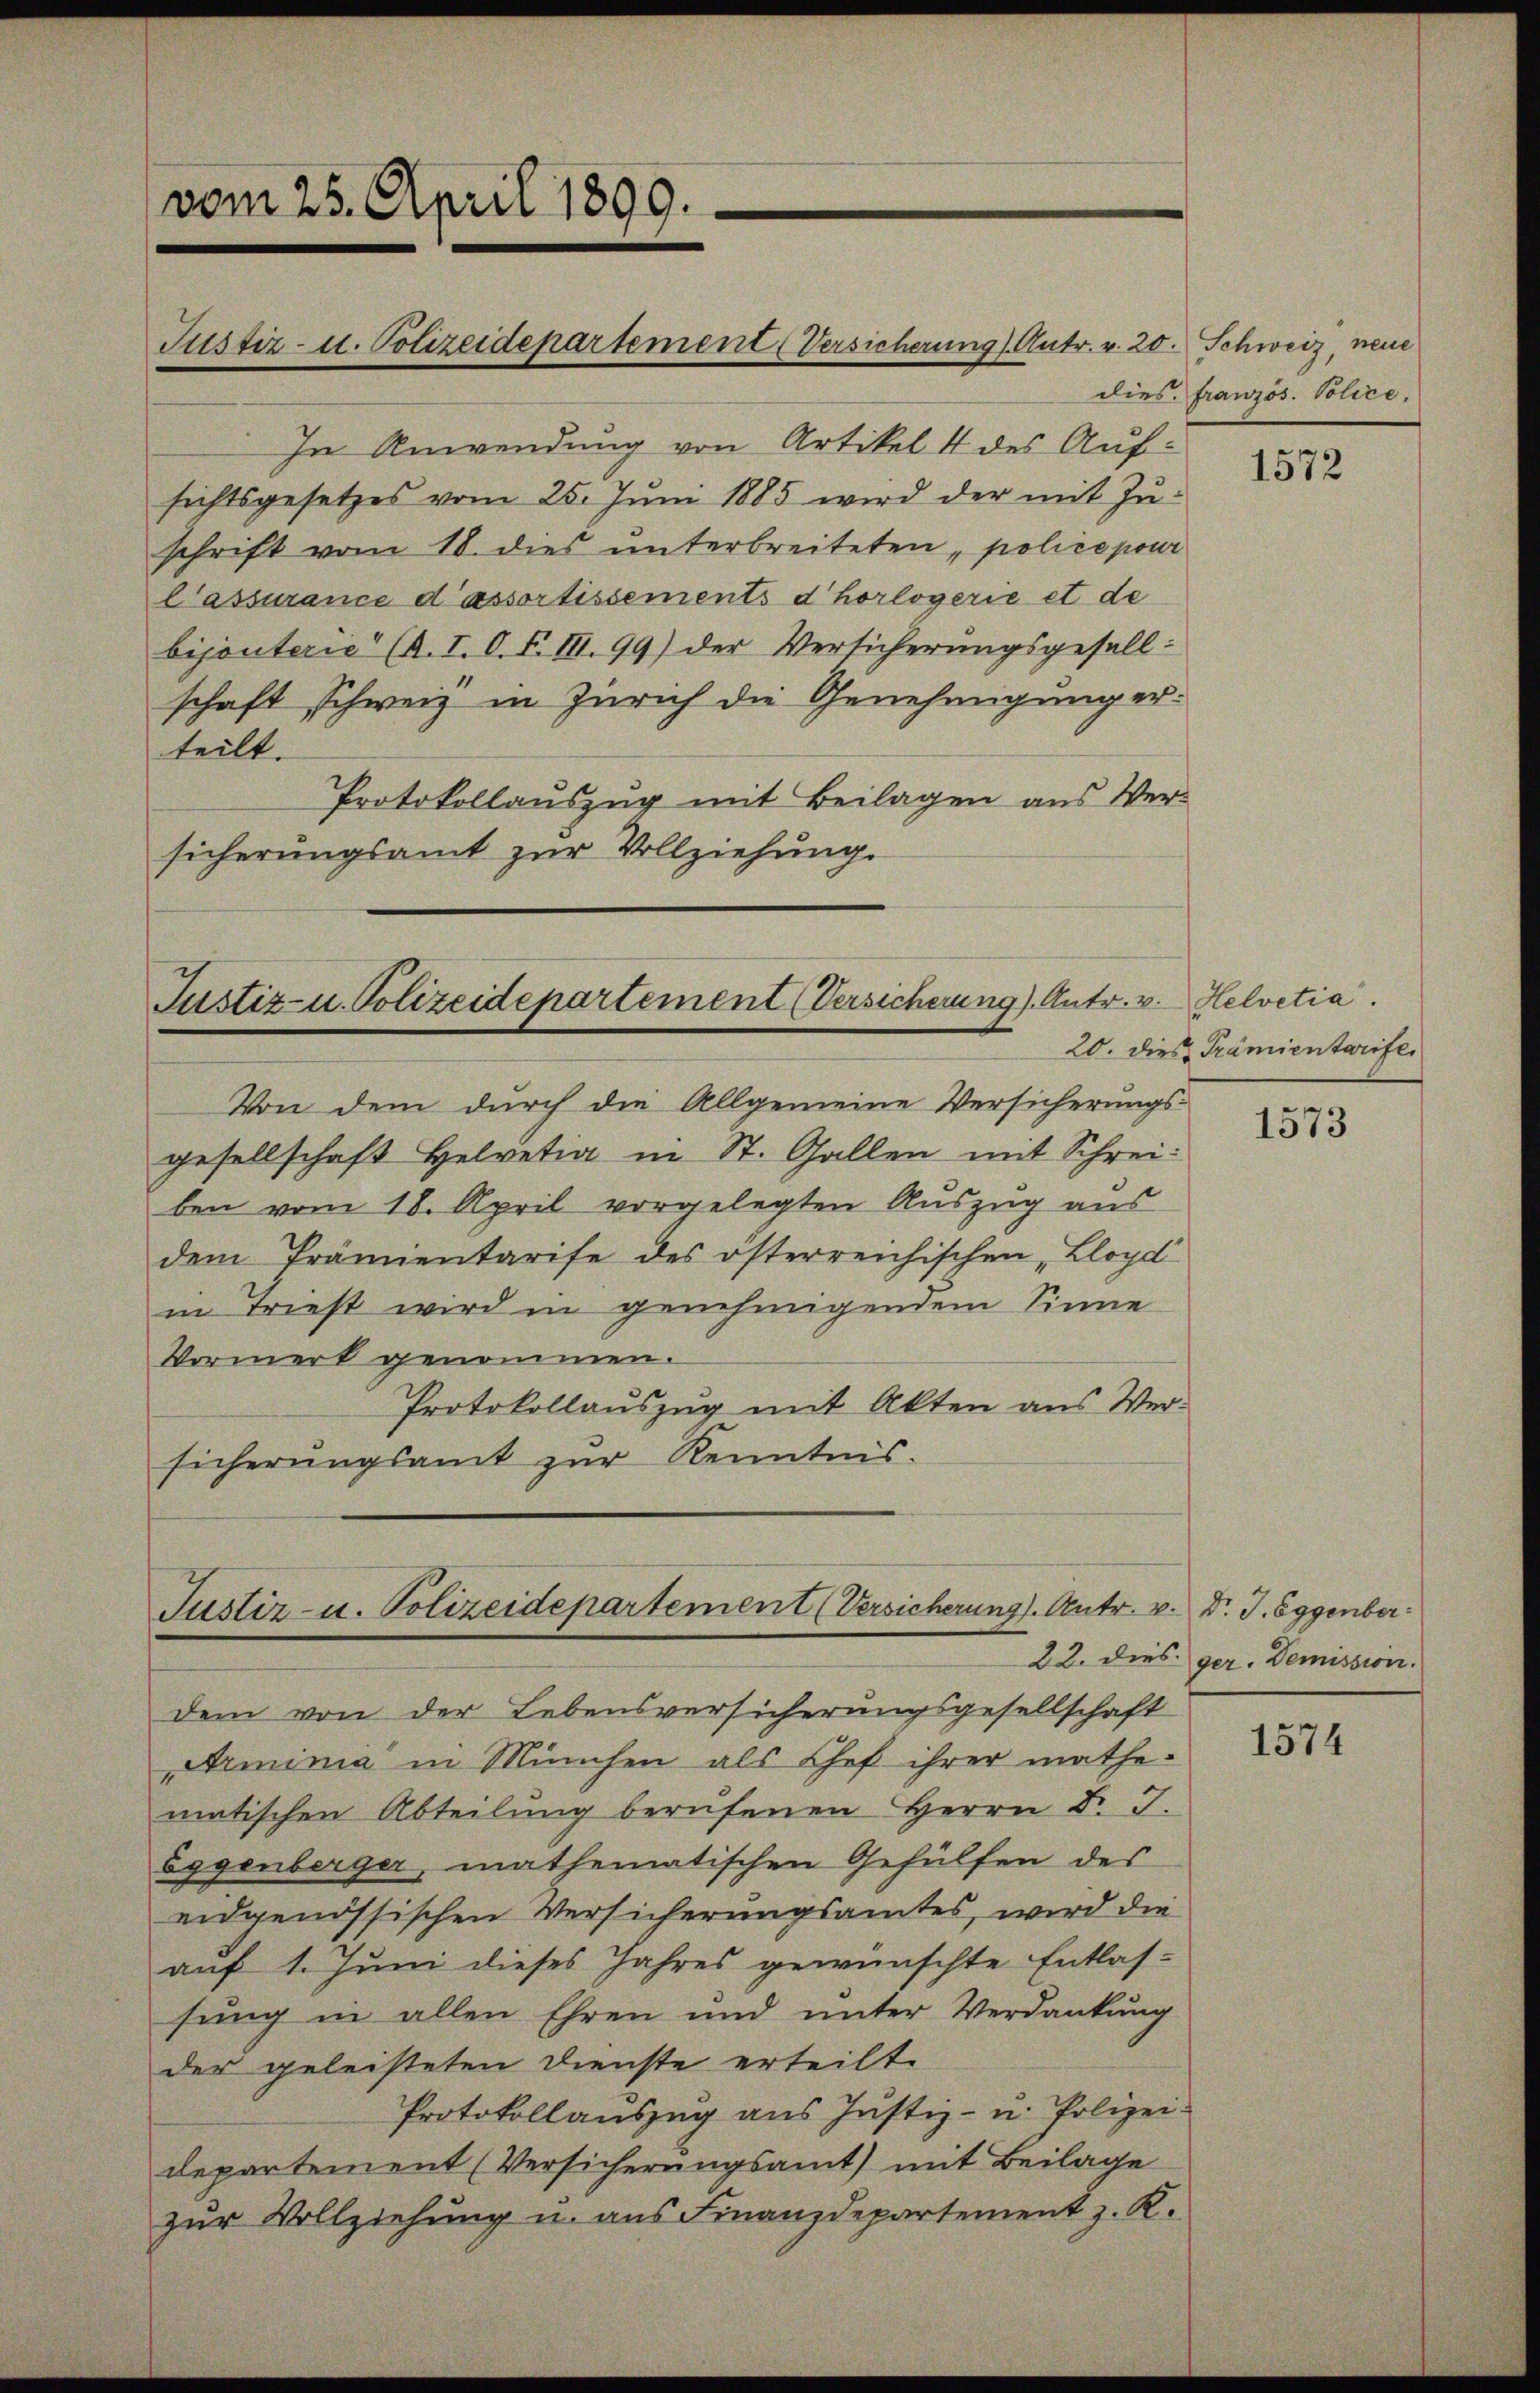
vom 25. April 1899.

Justiz- u. Polizeidepartement (Versicherung Antr. v. 20. Schweiz, neue

In Anwendung von Artikel 4 des Aufsichtsgesetzes vom 25. Jŭni 1885 wird der mit Zŭ-
schrift vom 18. dies unterbreiteten „police pour
Cassurance d’assortissements d’horlogerie et de
bijouterie“ (A.I. O. S. III. 99) der Versicherungsgesellschaft schweiz in Zürich die Genehmigung erteilt.
Protokollauszug mit Beilagen aus Versicherungsamt zur Vollziehung.

Justiz- u. Polizeidepartement (Versicherung). Antr. v. Helvetia.
Von dem durch die Allgemeine Versicherungs-

Justiz- u. Polizeidepartement (Versicherung). Antr. v. Dr. J. Eggenber

gesellschaft Helvetia in St. Gallen mit Schreiben vom 18. April vorgelegten Auszug aus
dem Prämientarife des österreichischen Lloyd
in Triest wird in genehmigendem Sinne
Vormerk genommen.
Protokollauszug mit Akten aus Versicherungsamt zur Kenntnis.

dem von der Lebensversicherungsgesellschaft
Armina in München als Chef ihrer mathe-
matischen Abteilung berufenen Herrn Dr. T.
Eggenberger, mathematischen Gehülfen des
eidgenössischen Versicherungsamtes, wird die
auf 1. Juni dieses Jahres gewünschte Entlas-
sung in allen Ehren und unter Verdankung
der geleisteten Dienste erteilt.
Protokollauszug aus Justiz- u. Polizei-
departement (Versicherungsamt mit Beilage
zur Vollziehung u. aus Finanzdepartement z. R.

dies französ. Police,

1572

20. dies Prämientarife

1573

1574

22. dies ger. Demission.